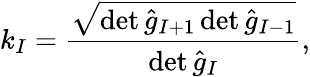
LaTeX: {k}_{I}=\frac{\sqrt{\operatorname*{det}{\hat{g}}_{I+1}\operatorname*{det}{\hat{g}}_{I-1}}}{\operatorname*{det}{\hat{g}}_{I}},